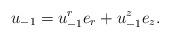
LaTeX: \begin{align*}u_{-1} = u_{-1}^r e_r + u_{-1}^z e_z.\end{align*}